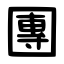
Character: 團